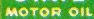
MOTOR OIL